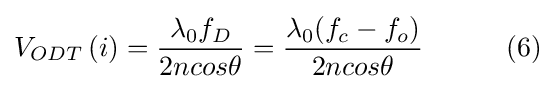
V_{ODT}\left(i\right)={\frac {\lambda _{0}f_{D}}{2ncos\theta }}={\frac {\lambda _{0}(f_{c}-f_{o})}{2ncos\theta }}\qquad \quad (6)